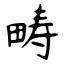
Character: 畴